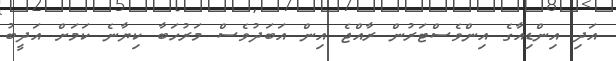
އަދި އިންޑިއާގެ އިންވެސްޓަރުން ރާއްޖެ އިން އަބަދުވެސް މަރުހަބާ ކިޔާނެ ކަމަށް އަދީބު